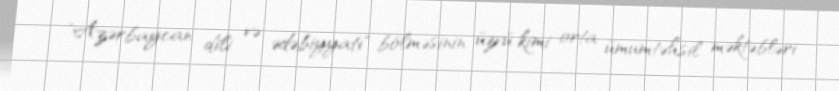
"Azərbaycan dili və ədəbiyyatı" bölməsinin üzvü kimi orta ümumtəhsil məktəbləri